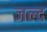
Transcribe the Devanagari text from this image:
जल्द